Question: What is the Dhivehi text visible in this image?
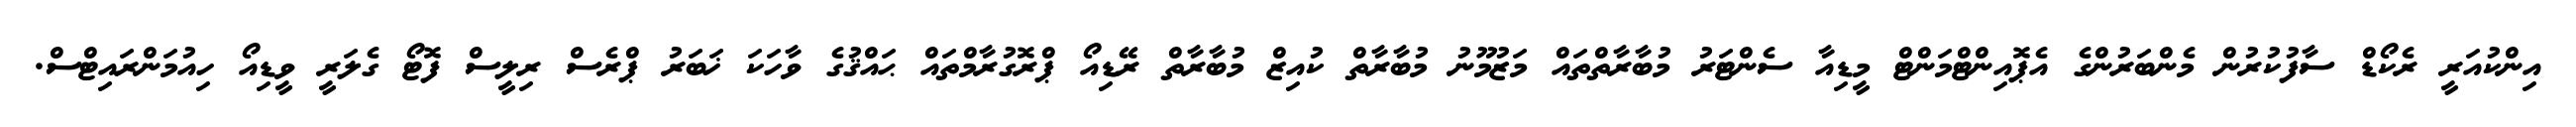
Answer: އިންކުއަރީ ރެކޯޑް ސާފުކުރުން މެންބަރުންގެ އެޕޮއިންޓްމަންޓް މީޑިއާ ސެންޓަރު މުބާރާތްތައް މަޒުމޫނު މުބާރާތް ކުއިޒް މުބާރާތް ރޭޑިއޯ ޕްރޮގުރާމްތައް ޙައްޤުގެ ވާހަކަ ޚަބަރު ޕްރެސް ރިލީސް ފޮޓޯ ގެލަރީ ވީޑިއޯ ހިއުމަންރައިޓްސް.